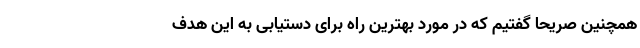
همچنین صریحا گفتیم که در مورد بهترین راه برای دستیابی به این هدف